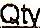
QTY